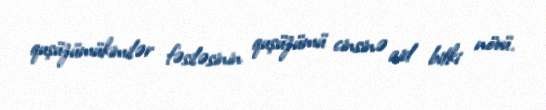
quşüzümükimilər fəsiləsinin quşüzümü cinsinə aid bitki növü.